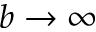
b \rightarrow \infty